King Institute of Preventive Medicine Micro-Biological Section reports 1909-11
Year: 1909
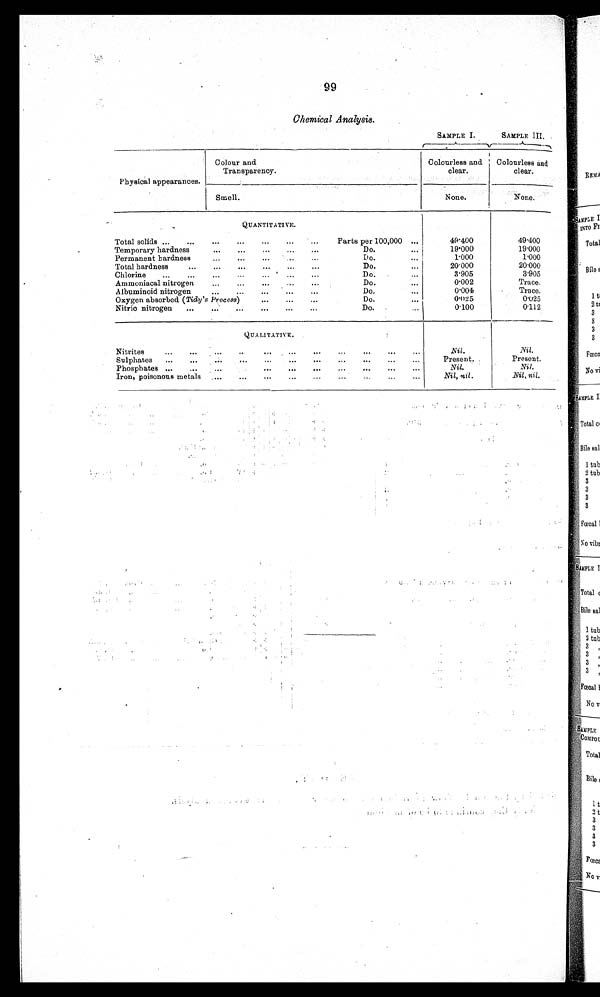
99
Chemical Analysis.
SAMPLE I.
SAMPLE III.
Physical appearances.
Colour and
Transparency.
Colourless and
clear.
Colourless and
clear.
None.
None.
Smell.
QUANTITATIVE.
Total solids . . .
Parts per 100,000 . . .
49.400
49.400
19.000
19.000
Do . . .
Temporary hardness . . .
Do . . .
1.000
1.000
Permanent hardness . . .
Do . . .
20.000
20.000
Total hardness
. . .
Do. . . .
3 . 9 0 5
3.905
Chlorine . . .
Do . . .
0 . 0 0 2
Trace.
Ammoniacal nitrogen . . .
Do . . .
0.004
Trace.
Albuminoid nitrogen . . .
Do . . .
0.025
0.025
Oxygen absorbed ( Tidy's Process) . . .
Do . . .
0.100
0.112
Nitric nitrogen . . .
QUALITATIVE.
Nitrites
.
.
.
Nil.
Nil.
Present.
Present.
Sulphates
.
.
.
Nil.
Nil.
Phosphates
.
.
.
Nil, nil.
Nil, nil.
Iron, poisonous metals . . .